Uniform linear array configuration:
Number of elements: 12
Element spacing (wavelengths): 1
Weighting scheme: hann
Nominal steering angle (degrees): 0
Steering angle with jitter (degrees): -0.4684
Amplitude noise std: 0.05
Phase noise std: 0.05

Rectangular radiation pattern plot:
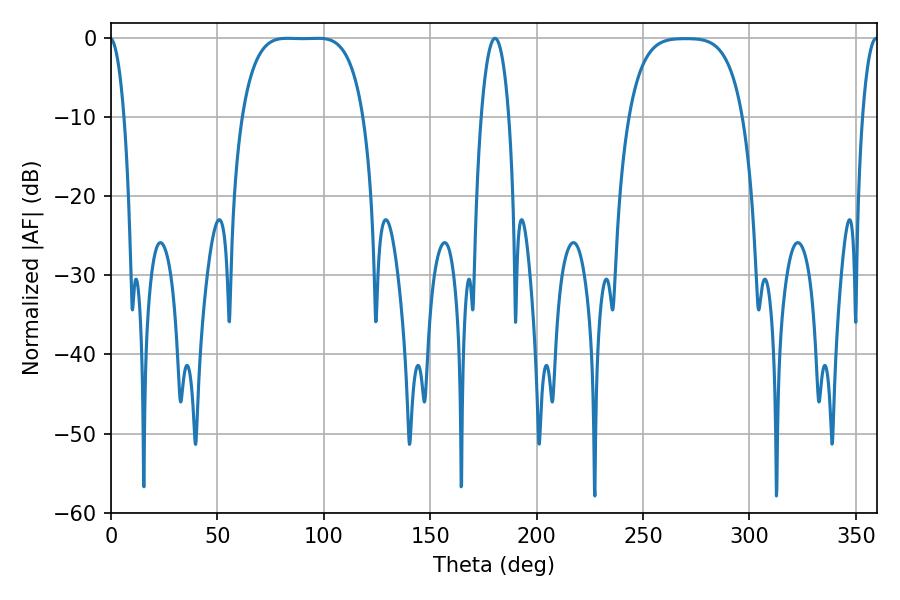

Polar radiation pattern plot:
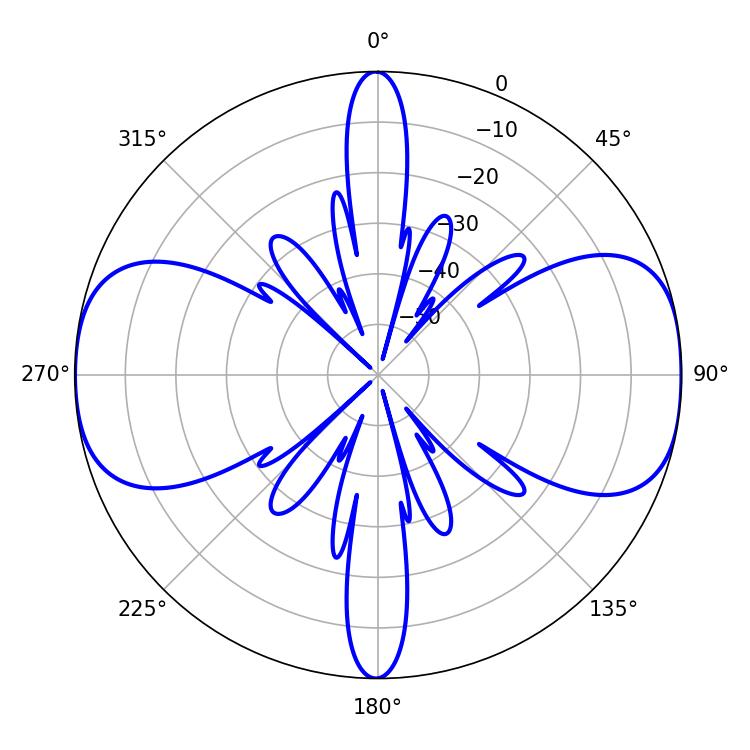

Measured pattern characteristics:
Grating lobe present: TRUE
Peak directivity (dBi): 13.584
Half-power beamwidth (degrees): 43.92
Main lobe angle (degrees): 82.8